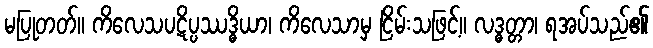
မပြုတတ်။ ကိလေသပဋိပ္ပဿဒ္ဓိယာ၊ ကိလေသာမှ ငြိမ်းသဖြင့်။ လဒ္ဓတ္တာ၊ ရအပ်သည်၏